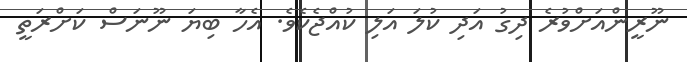
ނޫރީންއަށްވުރެ ދިގު އަދި ކުލަ އަލި ކުއްޖެކެވެ. އެހާ ބިޔަ ނޫނަސް ކަށްރަތީ